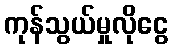
ကုန်သွယ်မှုလိုငွေ